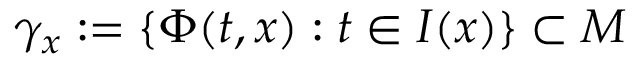
\gamma _ { x } : = \{ \Phi ( t , x ) : t \in I ( x ) \} \subset M